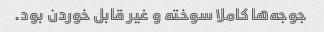
جوجه‌ها کاملا سوخته و غیر قابل خوردن بود.